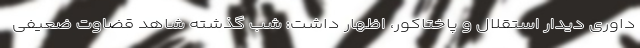
داوری دیدار استقلال و پاختاکور، اظهار داشت: شب گذشته شاهد قضاوت ضعیفی